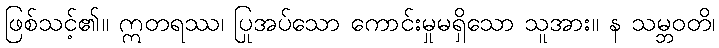
ဖြစ်သင့်၏။ ဣတရဿ၊ ပြုအပ်သော ကောင်းမှုမရှိသော သူအား။ န သမ္ဘဝတိ၊